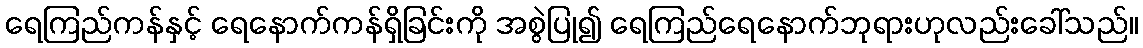
ရေကြည်ကန်နှင့် ရေနောက်ကန်ရှိခြင်းကို အစွဲပြု၍ ရေကြည်ရေနောက်ဘုရားဟုလည်းခေါ်သည်။